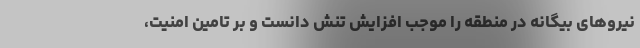
نیروهای بیگانه در منطقه را موجب افزایش تنش دانست و بر تامین امنیت،